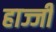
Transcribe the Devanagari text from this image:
हाज्जी